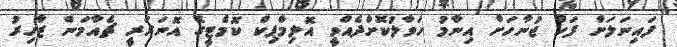
ފައިނަލަށް ފަހު ޖުނާހަށް އިނާމު ހަވާލުކޮށްދެއްވީ އޮލިމްޕިކް ކޮމެޓީގެ އޮނަރަރީ ޗެއާމަން ޒާހިރު